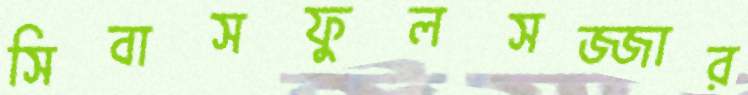
সিবাসফুলসজ্জার